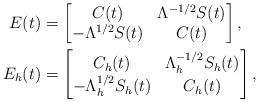
LaTeX: \begin{align*}E(t)&=\begin{bmatrix} C(t) & \Lambda^{-1/2}S(t) \\ -\Lambda^{1/2}S(t) & C(t) \end{bmatrix},\\E_h(t)&=\begin{bmatrix} C_h(t) & \Lambda_h^{-1/2}S_h(t) \\ -\Lambda_h^{1/2}S_h(t) & C_h(t) \end{bmatrix},\end{align*}